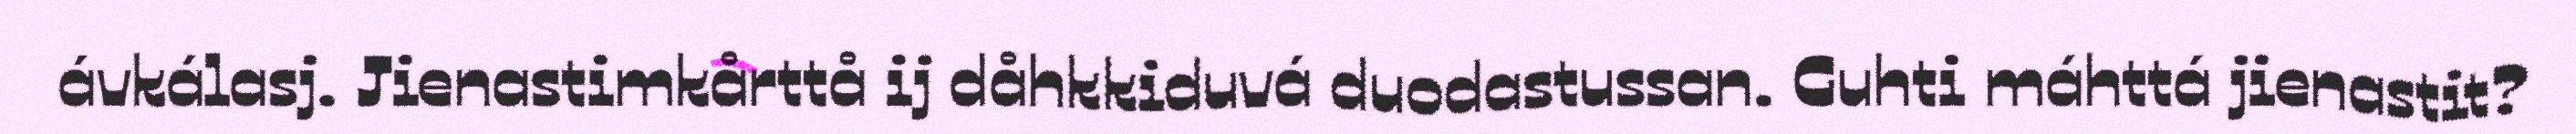
ávkálasj. Jienastimkårttå ij dåhkkiduvá duodastussan. Guhti máhttá jienastit?